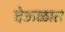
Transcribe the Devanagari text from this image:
देऊळात